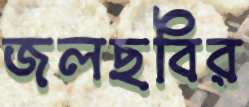
জলছবির